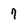
Character: 7